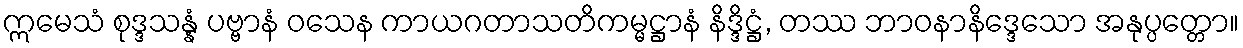
ဣမေသံ စုဒ္ဒသန္နံ ပဗ္ဗာနံ ဝသေန ကာယဂတာသတိကမ္မဋ္ဌာနံ နိဒ္ဒိဋ္ဌံ, တဿ ဘာဝနာနိဒ္ဒေသော အနုပ္ပတ္တော။